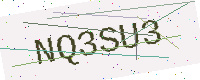
Text: NQ3SU3